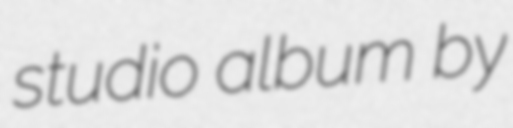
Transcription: studio album by